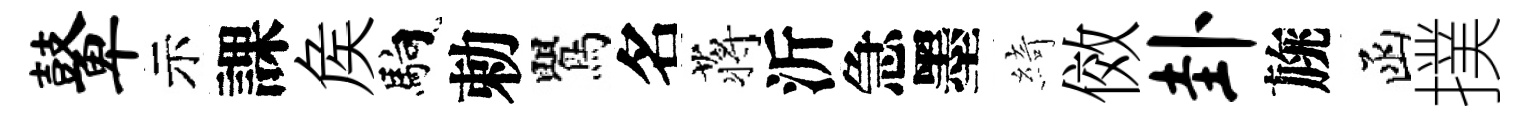
鼙示課矦馿勅鸎名蒋沂急墨綺傚卦旐函撲